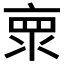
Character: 𰁞